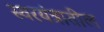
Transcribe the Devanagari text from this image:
स्वरयंत्रातील